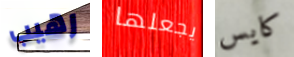
رهيب يجعلها كايس